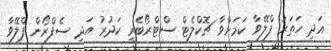
އަދި ހަތަރު ފްލޭވާ ކަމަށްވާ ޗޮކްލެޓް ސްޓްރޯބެރީ ކަދުރު އަދި ސެފްރޯން ފްލޭވާ